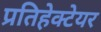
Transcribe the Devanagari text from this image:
प्रतिहेक्टेयर